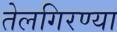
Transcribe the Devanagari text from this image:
तेलगिरण्या